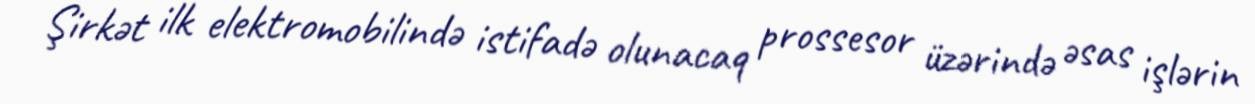
Şirkət ilk elektromobilində istifadə olunacaq prossesor üzərində əsas işlərin